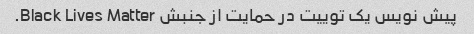
پیش نویس یک توییت در حمایت از جنبش Black Lives Matter.